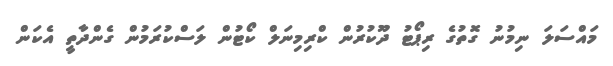
މައްސަލަ ނިމުނު ގޮތުގެ ރިޕޯޓު ދޫކުރުން ކްރިމިނަލް ކޯޓުން ލަސްކުރަމުން ގެންދާތީ އެކަން